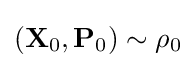
(\mathbf {X} _{0},\mathbf {P} _{0})\sim \rho _{0}